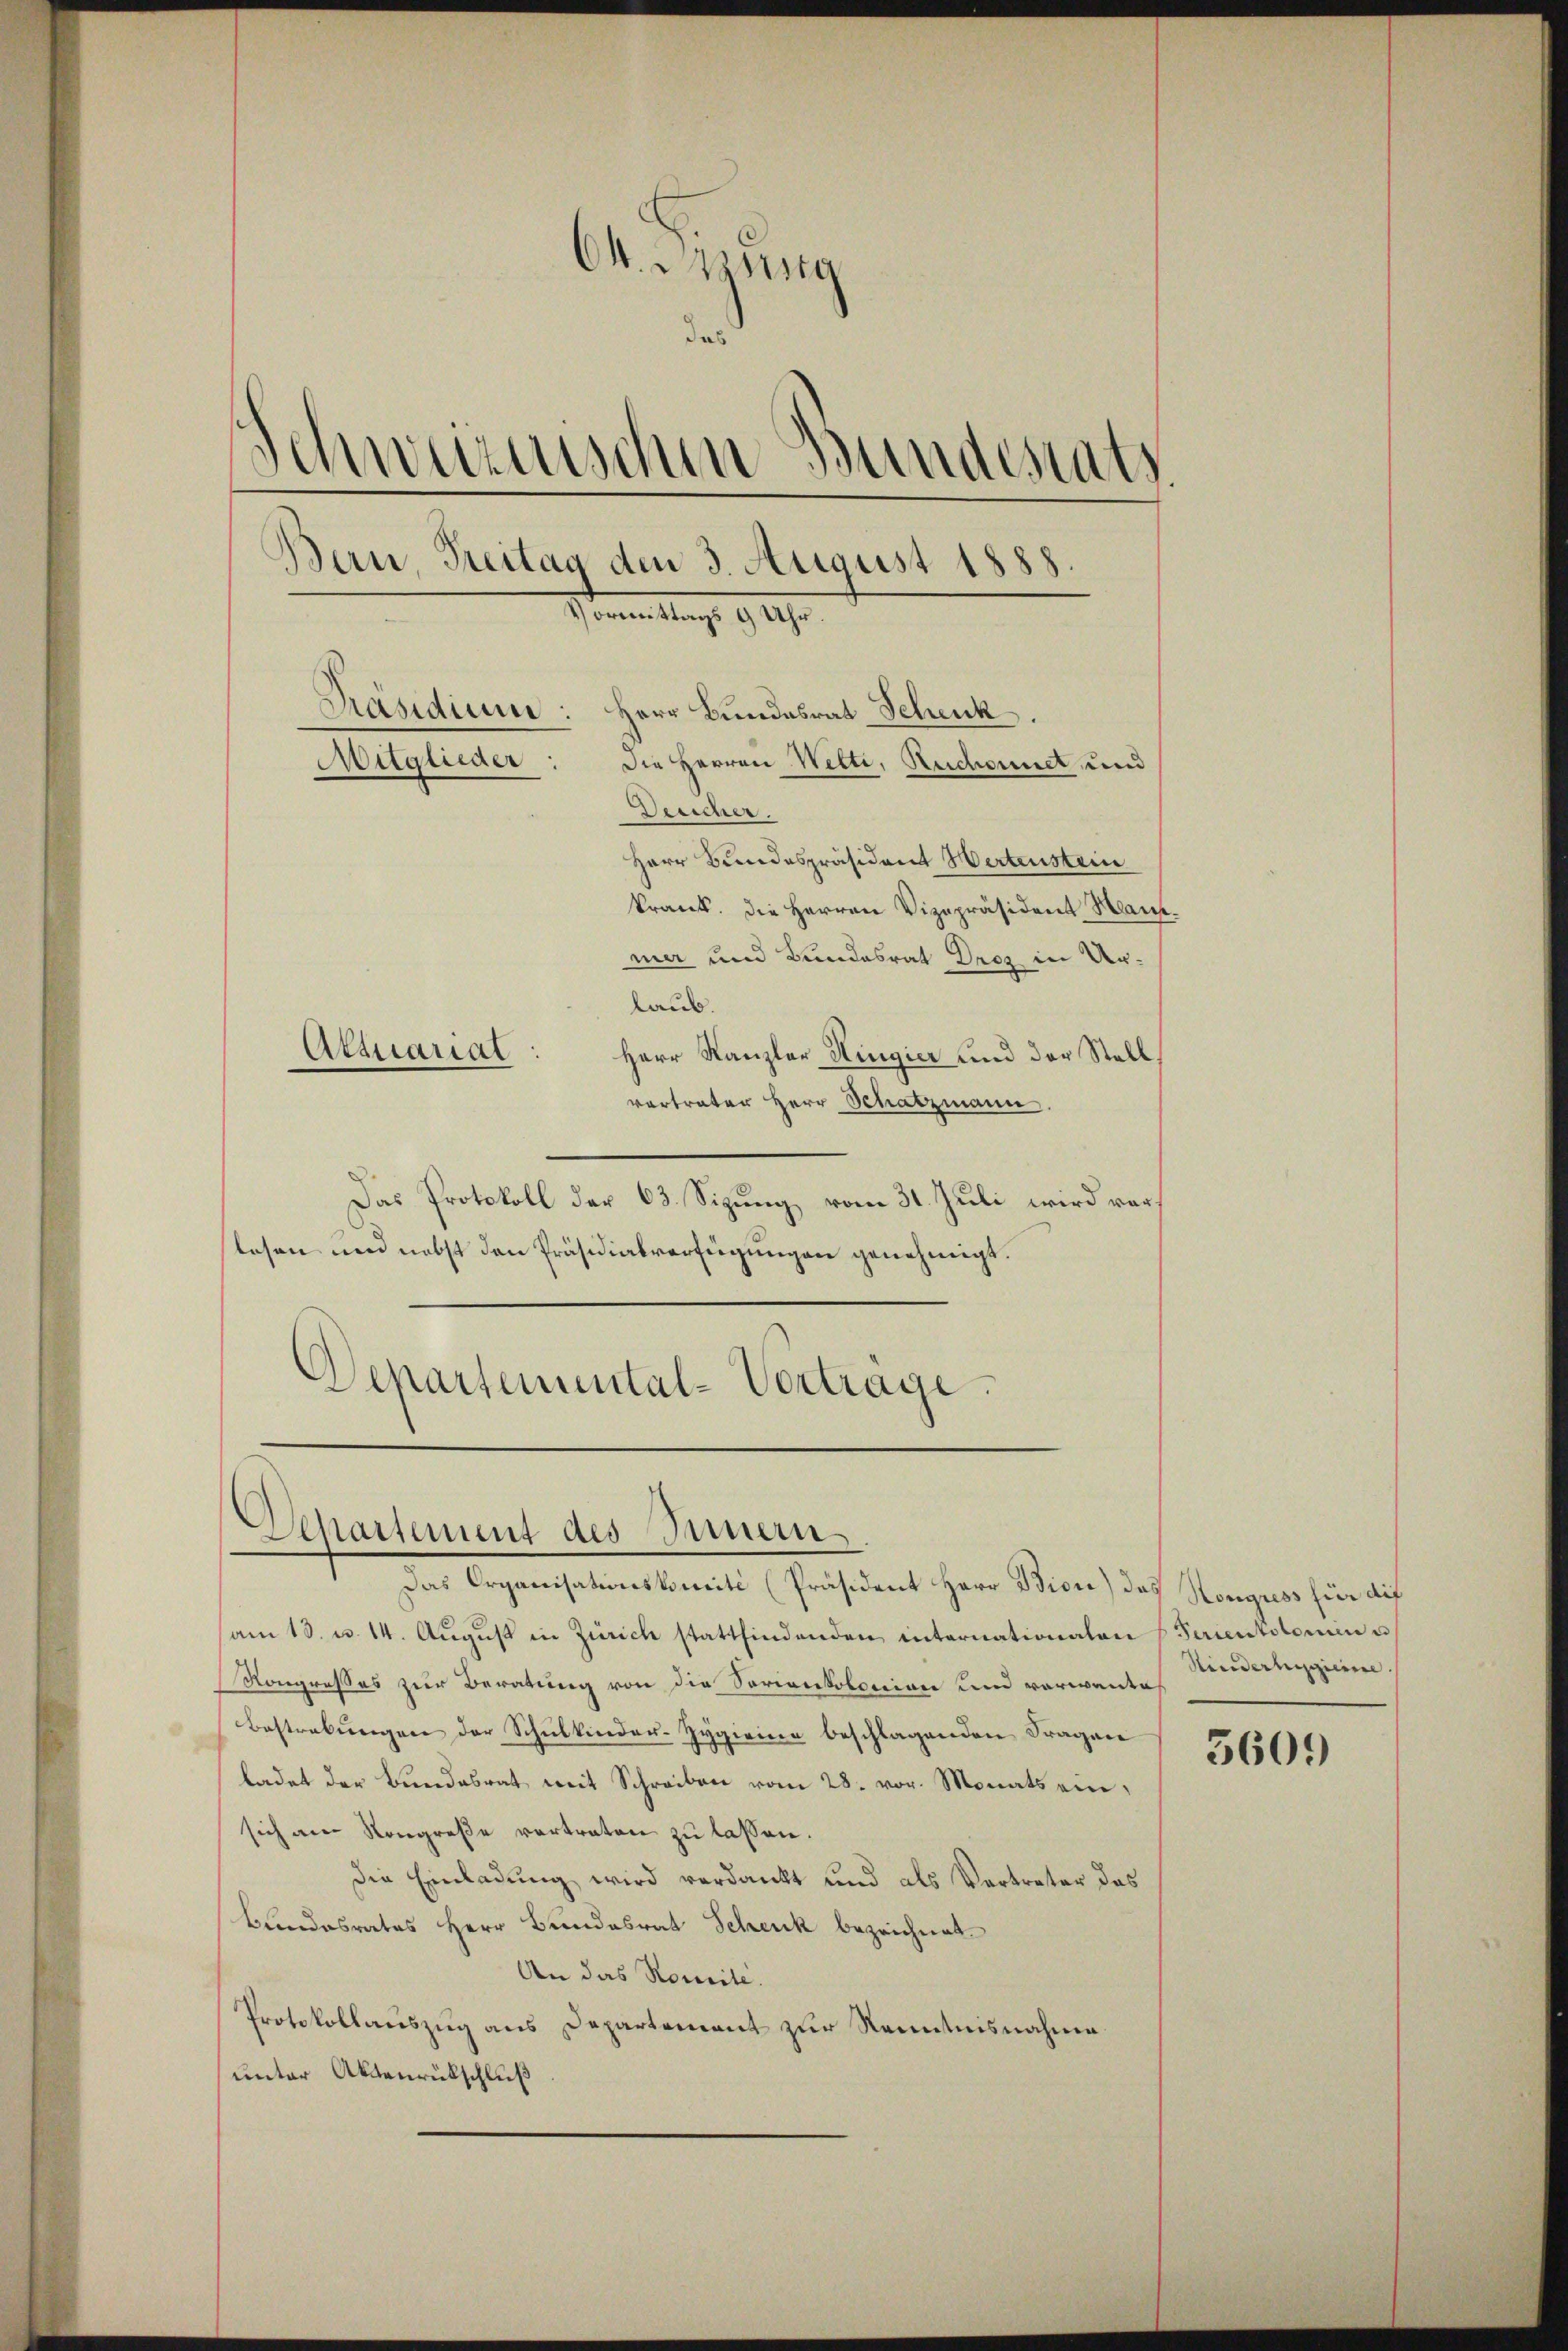
64. ung
nd
Schweizerischen Bundesrats
Ban, Treitag den 3. August 1888.
sonnen Mag. 94.
Präsidium.
Herr Bundesrat Schenk.
Mitglieder
Die Herren Welti, Ruchornet und
Deucher.
Herr Bundespräsident Hertenstein
krank. Die Herren Vizepräsident Manmer und Bundesrat Droz in Urlaub.
Attuariat
Herr Kanzler Hingier und der Stell.
vertrater Herr Schatzmann.

Das Protokoll der 63. Sizung vom 31. Juli wird vorlesen und nebst den Präsidialverfügungen genehmigt.
Departemental-Verträge.

Departement des Innern

Das Organisationskomité (Präsident Herr Bion) das Kongress hier auf
am 13. u. 14. Aŭgŭst in Zürich stattfindenden internationalen Ferienkolominu
Kongresses zur Beratung von die Sorienkolonian und vorwante
Bestrebŭngen der Schŭlkinder-Zygirina beschlagenden Fragen
ladet der Bundesrat mit Schreiben vom 28. vor. Monats ein,
sich an Kongreße vortraten zu lassen.
die Einladung wird verdankt und als Vertreter das
Bundesrates Herr Bundesrat Schenk bezeichnet.
An das Komite.
Protokollauszug aus Departement zur Kenntnisnahme
unter Aktenrückschluß

Hinderhessiere.

5609